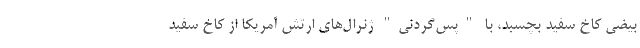
بیضی کاخ سفید بچسبد، با "پس‌گردنی" ژنرال‌های ارتش آمریکا از کاخ سفید